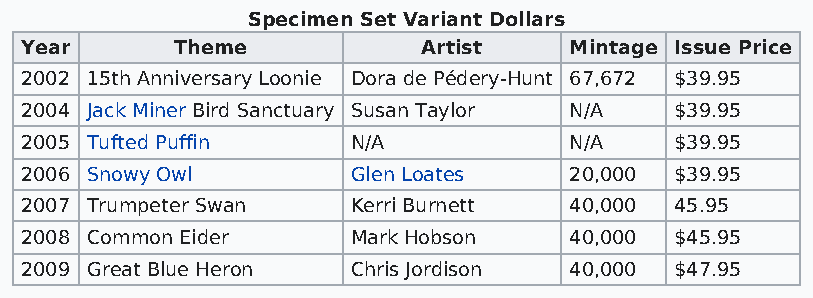
Specimen Set Variant Dollars
 Year       Theme           Artist    Mintage Issue Price
 2002 15th Anniversary Loonie Dora de Pédery-Hunt 67,672 $39.95
 2004 Jack Miner Bird Sanctuary Susan Taylor N/A $39.95
 2005 Tufted Puffin    N/A            N/A    $39.95
 2006 Snowy Owl        Glen Loates    20,000 $39.95
 2007 Trumpeter Swan   Kerri Burnett  40,000 45.95
 2008 Common Eider     Mark Hobson    40,000 $45.95
 2009 Great Blue Heron Chris Jordison 40,000 $47.95